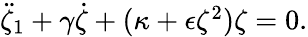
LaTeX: \begin{array}{r}{\ddot{\zeta}_{1}+\gamma\dot{\zeta}+(\kappa+\epsilon\zeta^{2})\zeta=0.}\end{array}